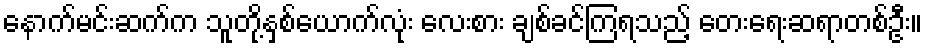
နောက်မင်းဆက်က သူတို့နှစ်ယောက်လုံး လေးစား ချစ်ခင်ကြရသည့် တေးရေးဆရာတစ်ဦး။